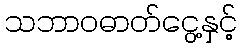
သဘာဝဓာတ်ငွေ့နှင့်